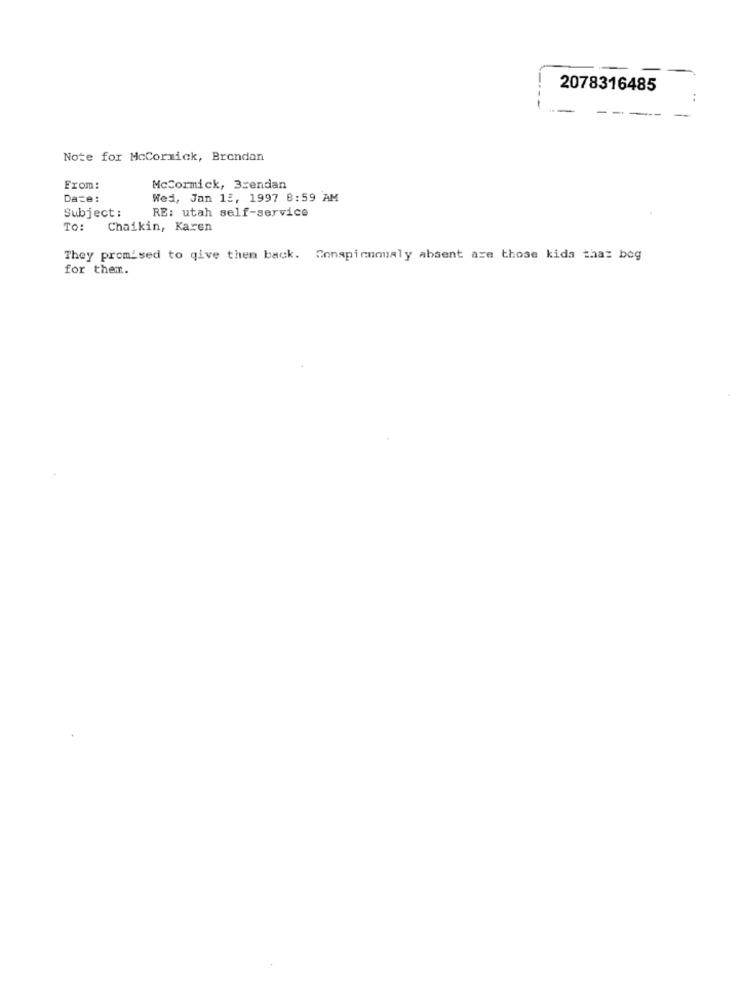
2078316485
..
Note for McCormick, Brendan
From:
McCormick, 3sendan
Da=e:
Wed, Jan 15, 1997 8:59 AM
Subject :
RE: utah self-service
To: Chaikin, Karen
They promised to give them back. Conspicuously absent are those kida that bog
for them.